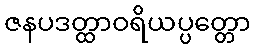
ဇနပဒတ္ထာဝရိယပ္ပတ္တော